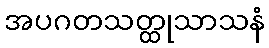
အပဂတသတ္ထုသာသနံ